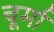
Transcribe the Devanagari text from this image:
चूर्मा